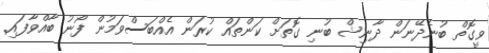
ވީގޮތް ބުނެދޭނަން ދާނިޝް ބުނި ގޮތަށް ކަންތައް ކުރަން އެެއްބަސްވަމުން ފޯނު ބާއްވާފައި